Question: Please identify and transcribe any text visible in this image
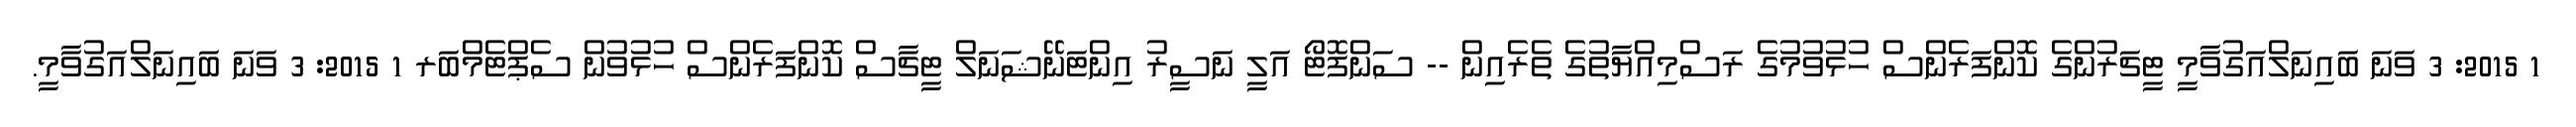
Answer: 1 2015: 3 ވަނަ ބައިނަލްއަގުވާމީ ޓީޗަރުންގެ ކޮންފަރެންސް ހުޅުވުމުގެ ރަސްމިއްޔާތުގެ ތެރެއިން -- ސަންފޮޓޯ އަލީ ނަސީރު އިންޓަނޭޝަނަލް ޓީޗާސް ކޮންފަރެންސް ހުޅުވުން ސެޕްޓެމްބަރ 1 2015: 3 ވަނަ ބައިނަލްއަގުވާމީ.